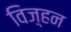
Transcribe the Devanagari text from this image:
विज़्हन